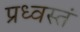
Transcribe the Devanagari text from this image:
प्रध्वस्तं